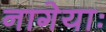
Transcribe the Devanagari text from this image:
नागेयाः